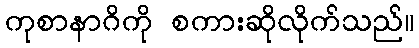
ကုစာနာဂိကို စကားဆိုလိုက်သည်။